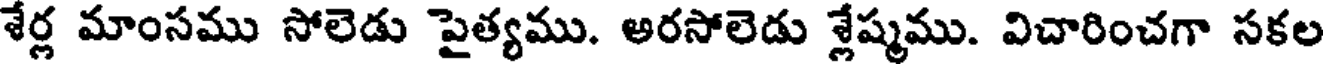
శేర్ల మాంసము సోలెడు పైత్యము. అరసోలెడు శ్లేష్మము. విచారించగా సకల